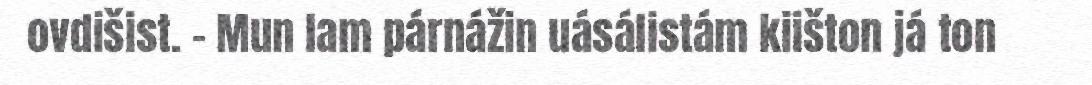
ovdišist. – Mun lam párnážin uásálistám kiišton já ton